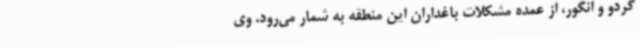
گردو و انگور، از عمده مشکلات باغداران این منطقه به شمار می‌رود. وی